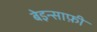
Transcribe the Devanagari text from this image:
बेइन्साफ़ी